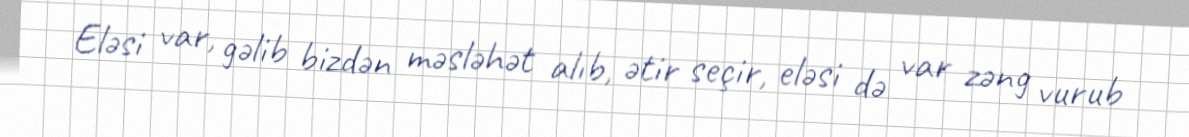
Eləsi var, gəlib bizdən məsləhət alıb, ətir seçir, eləsi də var zəng vurub